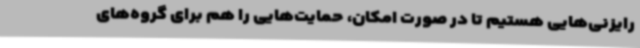
رایزنی‌هایی هستیم تا در صورت امکان، حمایت‌هایی را هم برای گروه‌های